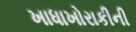
ખાધાખોરાકીની